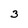
Character: 3